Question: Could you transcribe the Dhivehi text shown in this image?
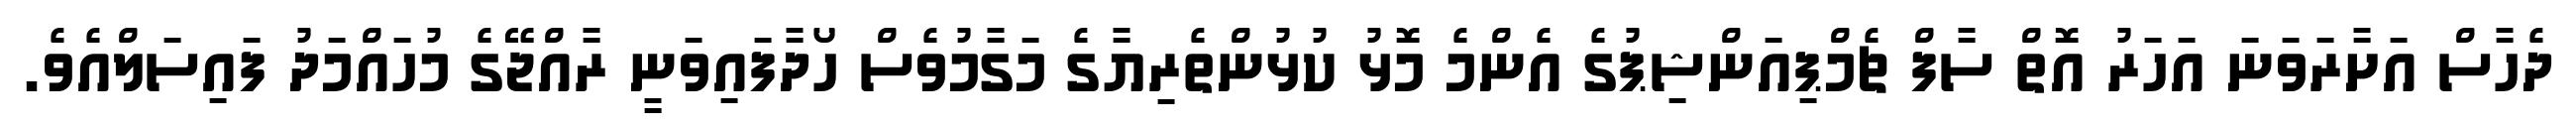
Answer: ދެހާސް އަށާރަވަނަ އަހަރު އޮތް ސާފް ޗެމްޕިއަންޝިޕުގެ އެންމެ މޮޅު ކުޅުންތެރިޔާގެ މަގާމުވެސް ހޯދާފައިވަނީ ރާއްޖޭގެ މުހައްމަދު ފައިސަލްއެވެ.